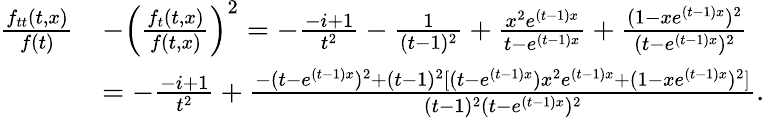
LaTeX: \begin{array}{rl}{\frac{f_{tt}(t,x)}{f(t)}}&{-\left(\frac{f_{t}(t,x)}{f(t,x)}\right)^{2}=-\frac{-i+1}{t^{2}}-\frac{1}{(t-1)^{2}}+\frac{x^{2}e^{(t-1)x}}{t-e^{(t-1)x}}+\frac{(1-xe^{(t-1)x})^{2}}{(t-e^{(t-1)x})^{2}}}\\ &{=-\frac{-i+1}{t^{2}}+\frac{-(t-e^{(t-1)x})^{2}+(t-1)^{2}[(t-e^{(t-1)x})x^{2}e^{(t-1)x}+(1-xe^{(t-1)x})^{2}]}{(t-1)^{2}(t-e^{(t-1)x})^{2}}.}\end{array}